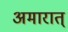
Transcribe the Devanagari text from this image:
अमारात्